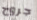
جروح